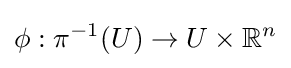
\phi :\pi ^{-1}(U)\to U\times \mathbb {R} ^{n}